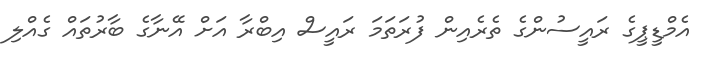
އެމްޑީޕީގެ ރައީސުންގެ ތެރެއިން ފުރަތަމަ ރައީސް އިބްރާ އަށް އޭނާގެ ބާރުތައް ގެއްލި